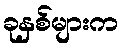
ခုနှစ်များက